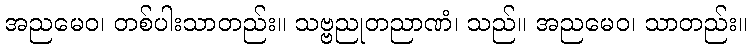
အညမေဝ၊ တစ်ပါးသာတည်း။ သဗ္ဗညုတညာဏံ၊ သည်။ အညမေဝ၊ သာတည်း။